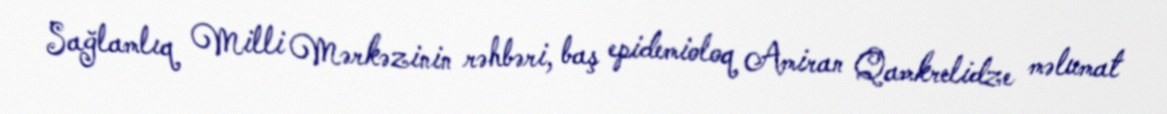
Sağlamlıq Milli Mərkəzinin rəhbəri, baş epidemioloq Amiran Qamkrelidze məlumat